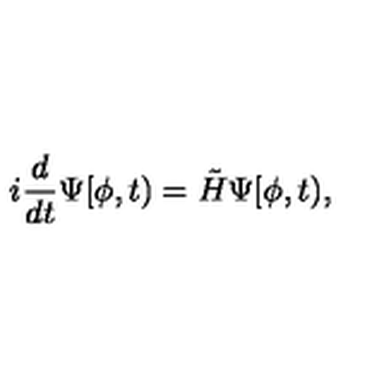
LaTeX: i \frac { d } { d t } \Psi [ \phi , t ) = \tilde { H } \Psi [ \phi , t ) ,